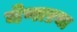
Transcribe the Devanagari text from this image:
येणाऱया